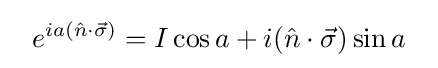
~~e^{ia\left({\hat {n}}\cdot {\vec {\sigma }}\right)}=I\cos {a}+i({\hat {n}}\cdot {\vec {\sigma }})\sin {a}~~